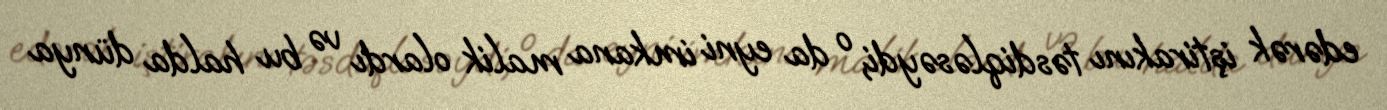
edərək iştirakını təsdiqləsəydi, o da eyni imkana malik olardı və bu halda dünya